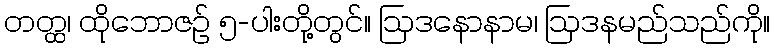
တတ္ထ၊ ထိုဘောဇဉ် ၅-ပါးတို့တွင်။ ဩဒနောနာမ၊ ဩဒနမည်သည်ကို။